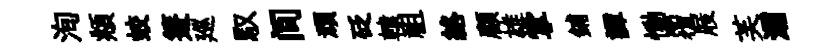
洵頫蛟箑廵馭间頑砭轅祖絡顧雄掌鋪譚慟覆屐芙灞